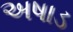
અષાડ